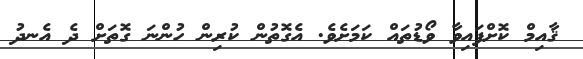
ޤާއިމް ކޮށްފައިވާ ވޯޑުތައް ކަމަށެވެ. އެގޮތުން ކުރިން ހުންނަ ގޮތަށް ދެ އެނދު